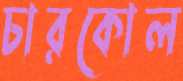
চারকোল